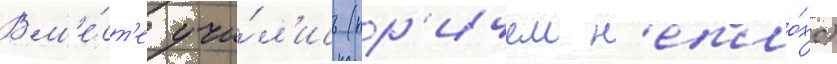
Вм'е́ст'е учи́л'ись (пр'ичем н'епло́хо)